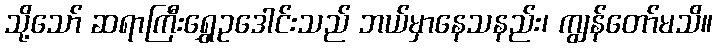
သို့သော် ဆရာကြီးရွှေဥဒေါင်းသည် ဘယ်မှာနေသနည်း၊ ကျွန်တော်မသိ။